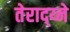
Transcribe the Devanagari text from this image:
तेराद्य्ने